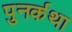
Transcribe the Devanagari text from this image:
पुनर्कथा